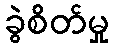
ခွဲစိတ်မှု